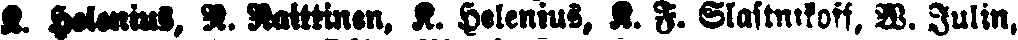
K. Helenius, R. Rattinen, K. Helenus, K. F. Slastnikoff, W. Julin,